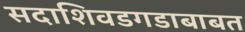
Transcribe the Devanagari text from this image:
सदाशिवडगडाबाबत